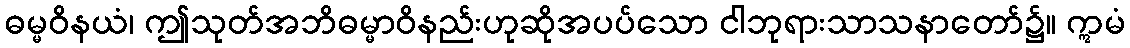
ဓမ္မဝိနယံ၊ ဤသုတ်အဘိဓမ္မာဝိနည်းဟုဆိုအပပ်သော ငါဘုရားသာသနာတော်၌။ ဣမံ